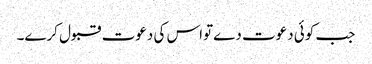
جب کوئی دعوت دےتواس کی دعوت قبول کرے۔